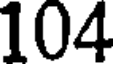
104